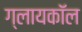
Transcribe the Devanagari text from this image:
ग्लायकॉल